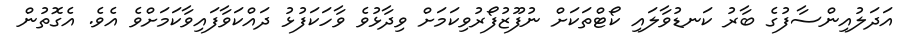
އަދަލުއިންސާފުގެ ބާރު ކަނޑުވާލައި ކޯޓްތަކަށް ނުފޫޒުފޯރުވިކަމަށް ވިދާޅުވެ ވާހަކަފުޅު ދައްކަވާފައިވާކަމަށްވެ އެވެ. އެގޮތުން